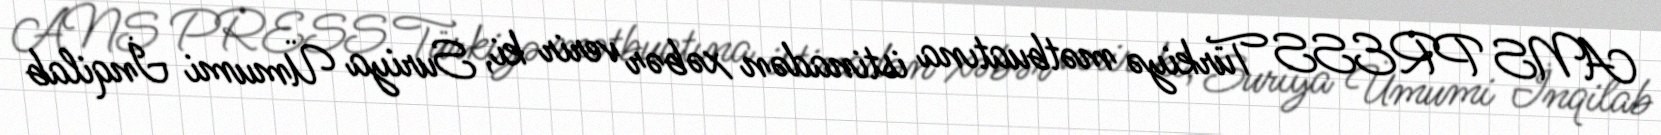
ANS PRESS Türkiyə mətbuatına istinadən xəbər verir ki, Suriya Ümumi İnqilab